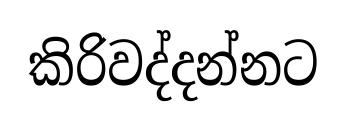
කිරිවද්දන්නට